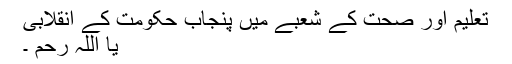
تعلیم اور صحت کے شعبے میں پنجاب حکومت کے انقلابی
یا اللہ رحم ۔